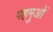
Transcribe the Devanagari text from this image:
पहमुओं